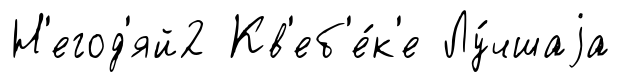
Н'егод'яй2 Кв'еб'е́к'е Лу́чшаjа